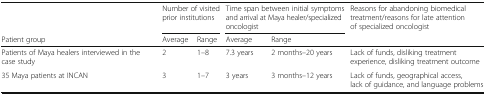
<table><thead><tr><td></td><td colspan="2"><b>Number of visited prior institutions</b></td><td colspan="2"><b>Time span between initial symptoms and arrival at Maya healer/specialized oncologist</b></td><td><b>Reasons for abandoning biomedical treatment/reasons for late attention of specialized oncologist</b></td></tr><tr><td><b>Patient group</b></td><td><b>Average</b></td><td><b>Range</b></td><td><b>Average</b></td><td><b>Range</b></td><td></td></tr></thead><tbody><tr><td>Patients of Maya healers interviewed in the case study</td><td>2</td><td>1–8</td><td>7.3 years</td><td>2 months–20 years</td><td>Lack of funds, disliking treatment experience, disliking treatment outcome</td></tr><tr><td>35 Maya patients at INCAN</td><td>3</td><td>1–7</td><td>3 years</td><td>3 months–12 years</td><td>Lack of funds, geographical access, lack of guidance, and language problems</td></tr></tbody></table>